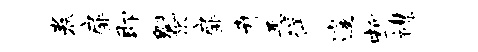
卷扉即魁旅扉卉恶徉遽断襟